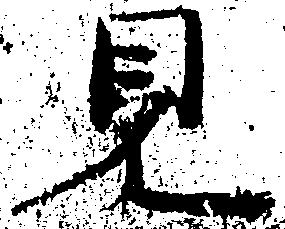
見